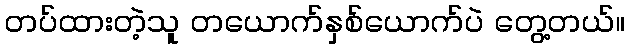
တပ်ထားတဲ့သူ တယောက်နှစ်ယောက်ပဲ တွေ့တယ်။